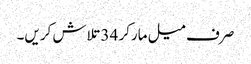
صرف میل مارکر 34 تلاش کریں۔